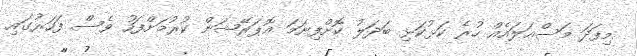
މިފަދަ މަސްއަލައެއް ހުރެ ކަޅުކަޅި ބަދަލު ކޮށްފިނަމަ އޮޕަރޭޝަން ކުރުމަށްފަހު ވެސް ފަހަރުގައި